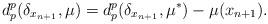
LaTeX: \begin{align*}d_p^p(\delta_{x_{n+1}},\mu)=d_p^p(\delta_{x_{n+1}},\mu^*)-\mu(x_{n+1}).\end{align*}